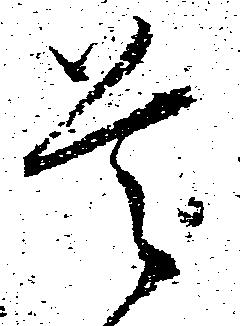
首